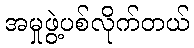
အမှုဖွဲ့ပစ်လိုက်တယ်